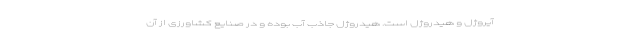
آیروژل و هیدروژل است. هیدروژل جاذب آب بوده و در صنایع کشاورزی از آن